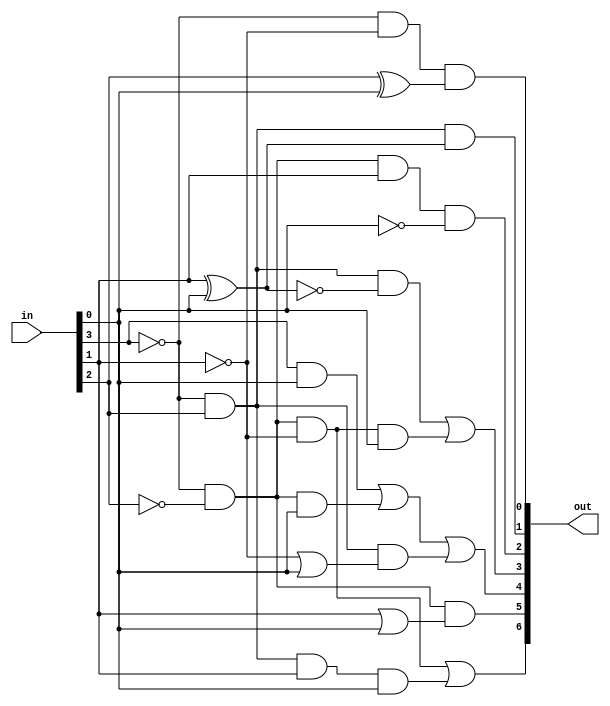
module bcdToSevSeg(out, in);
	output [6:0] out;
	input  [3:0] in;
	
	wire A = in[3], B = in[2], C =in[1], D = in[0];
	
	assign out[0] = (~A&~C)&(B^D);
	assign out[1] = (~A&B)&(C^D);
	assign out[2] = (~A&~B&C&~D);
	assign out[3] = (~A&B&~(C^D))|(~A&~B&~C&D);
	assign out[4] = (A&D) | (~A&~B&D) | (~A&B&(~C|D));
	assign out[5] = (~A&~B)&(C|D);
	assign out[6] = (~A&~B&~C)|(~A&B&C&D);
endmodule


module fullAdder(s1, s0, A, B, C);
	output s1, s0;
	input  A, B, C;
	
	wire midSum = A ^ B;
	assign s0 = midSum ^ C;
	wire midCry2 = midSum & C;
	wire midCry1 = A & B;
	assign s1 = midCry1 | midCry2;
endmodule

module RCAdder(cO, out, A, B, cI);
	parameter WIDTH = 8;
	output cO;
	output [WIDTH-1:0] out;
	input  cI;
	input  [WIDTH-1:0] A, B;
	wire   [WIDTH:0] C;		// Intermediate carry line
	
	assign {C[0], cO} = {cI, C[WIDTH]};
		
	generate
		genvar i;
		for(i=0; i<WIDTH; i=i+1) begin: m
			fullAdder FA(C[i+1], out[i], A[i], B[i], C[i]);
		end
	endgenerate
endmodule

module multiplier(M, A, B);
	parameter WIDTH = 4;
	output [2*WIDTH-1:0] M;
	input  [WIDTH-1:0] A, B;

	wire   [WIDTH-1:0] andLine [WIDTH-1:0];
	wire   [WIDTH-1:0] sumLine [WIDTH-1:0];
	wire   [WIDTH-1:0] cO;
	
	assign sumLine[0] = andLine[0];
	assign cO[0] = 1'b0;
	
	generate
		genvar i;
		for(i=0; i<WIDTH; i=i+1) begin: m
			assign andLine[i] = A & {WIDTH{B[i]}};
			assign M[i] = sumLine[i][0];
		end
	endgenerate
	
	generate
		for(i=0; i<WIDTH-1; i=i+1) begin: n
			RCAdder #(WIDTH) RCA(cO[i+1], sumLine[i+1], {cO[i],sumLine[i][WIDTH-1:1]}, andLine[i+1], 1'b0);
		end
	endgenerate
	
	assign M[2*WIDTH-1: WIDTH] = {cO[WIDTH-1], sumLine[WIDTH-1][WIDTH-1:1]};
endmodule

module main(HEX3, HEX2, HEX1, HEX0, SW);
	output [6:0] HEX3, HEX2, HEX1, HEX0;
	input  [9:0] SW;
	
	wire   [7:0] bin;
	wire   [3:0] bcd2, bcd1, bcd0;
	
	multiplier M0(bin, SW[3:0], SW[7:4]);
	
	binToBCD8bit   DEC0(bcd2, bcd1, bcd0, bin);
	bcdToSevSeg    DEC1(HEX0, bcd0);
	bcdToSevSeg    DEC2(HEX1, bcd1);
	bcdToSevSeg    DEC3(HEX2, bcd2);
	
	assign HEX3 = 7'h7F;
endmodule

module binToBCD8bit(bcd2, bcd1, bcd0, S);
	output [3:0] bcd2, bcd1, bcd0;
	input  [7:0] S;

	wire   [3:0] notUsed [0:2];
	
	assign {notUsed[0], bcd0} = (S % 8'd10);
	assign {notUsed[1], bcd1} = (S/8'd10)%8'd10;
	assign {notUsed[2], bcd2} = (S/8'd100);
endmodule